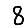
Digit: 8